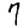
Digit: 7